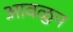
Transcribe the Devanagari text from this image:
आवळुन